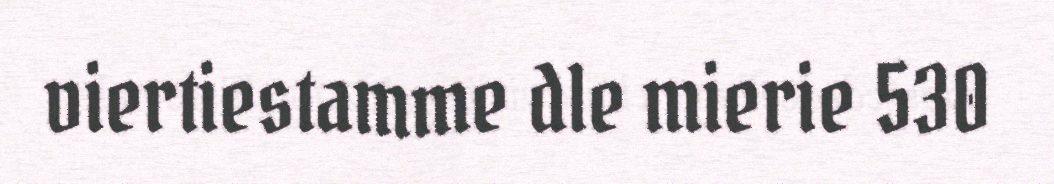
viertiestamme dle mierie 530